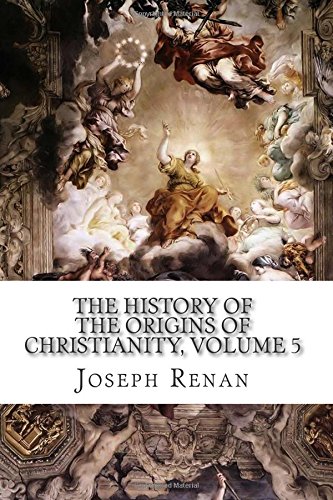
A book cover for The History of the Origins of Christianity, Volume 5: The Gospels, 13th Edition; Joseph Ernest Renan; Christian Books & Bibles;